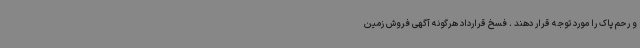
و رحم پاک را مورد توجه قرار دهند . فسخ قرارداد هرگونه آگهی فروش زمین